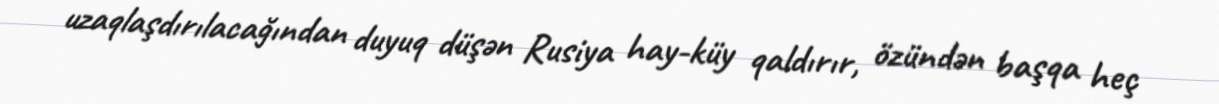
uzaqlaşdırılacağından duyuq düşən Rusiya hay-küy qaldırır, özündən başqa heç